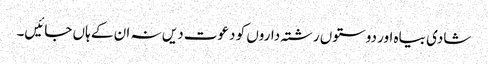
شادی بیاہ اور دوستوں رشتہ داروں کو دعوت دیں نہ ان کے ہاں جائیں۔